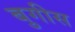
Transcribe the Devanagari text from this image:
बुगीस